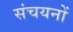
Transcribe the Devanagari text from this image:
संचयनों